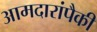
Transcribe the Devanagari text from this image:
आमदारांपैकी